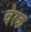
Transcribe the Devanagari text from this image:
वेरक